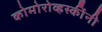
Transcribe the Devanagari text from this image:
कोमोरोव्हस्कींनी